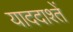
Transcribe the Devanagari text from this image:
याददाश्तें